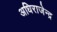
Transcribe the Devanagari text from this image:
अधिराजेन्द्र